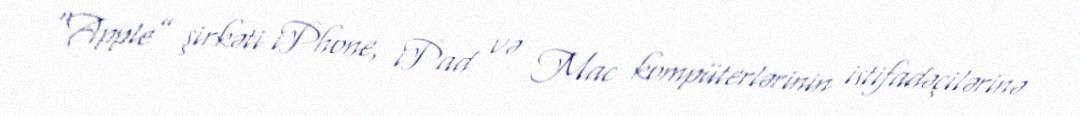
“Apple” şirkəti iPhone, iPad və Mac kompüterlərinin istifadəçilərinə